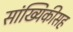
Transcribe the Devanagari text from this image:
सांख्यिकीसह